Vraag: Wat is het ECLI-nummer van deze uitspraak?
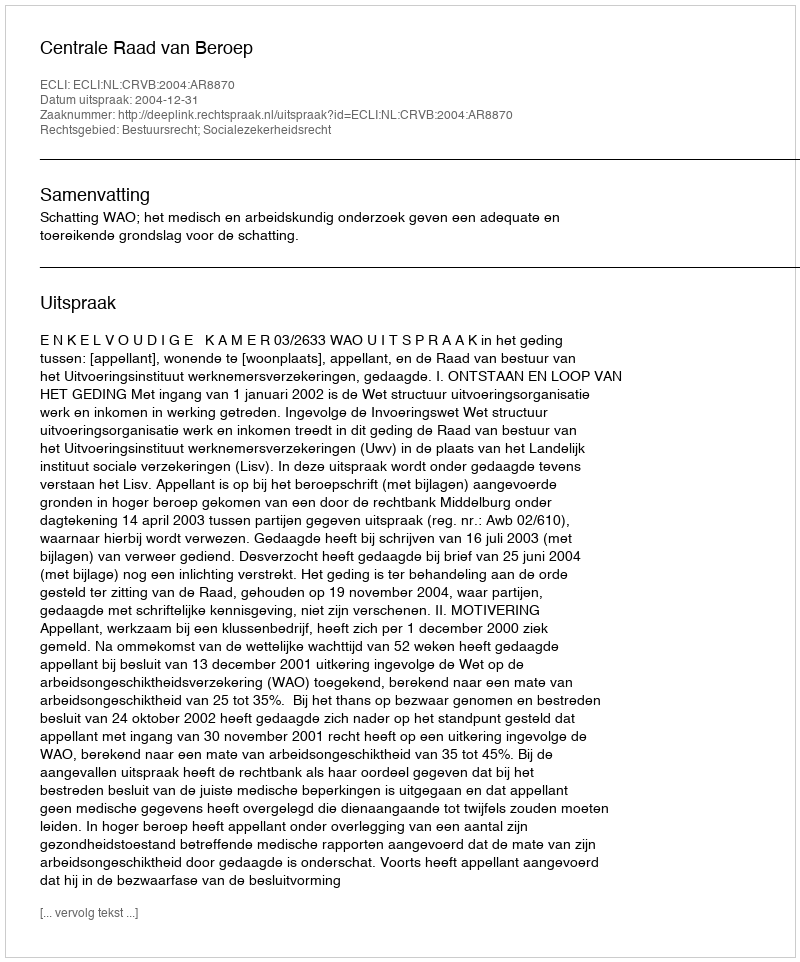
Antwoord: ECLI:NL:CRVB:2004:AR8870